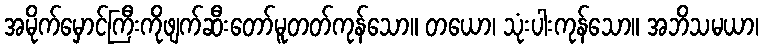
အမိုက်မှောင်ကြီးကိုဖျက်ဆီးတော်မူတတ်ကုန်သော။ တယော၊ သုံးပါးကုန်သော။ အဘိသမယာ၊